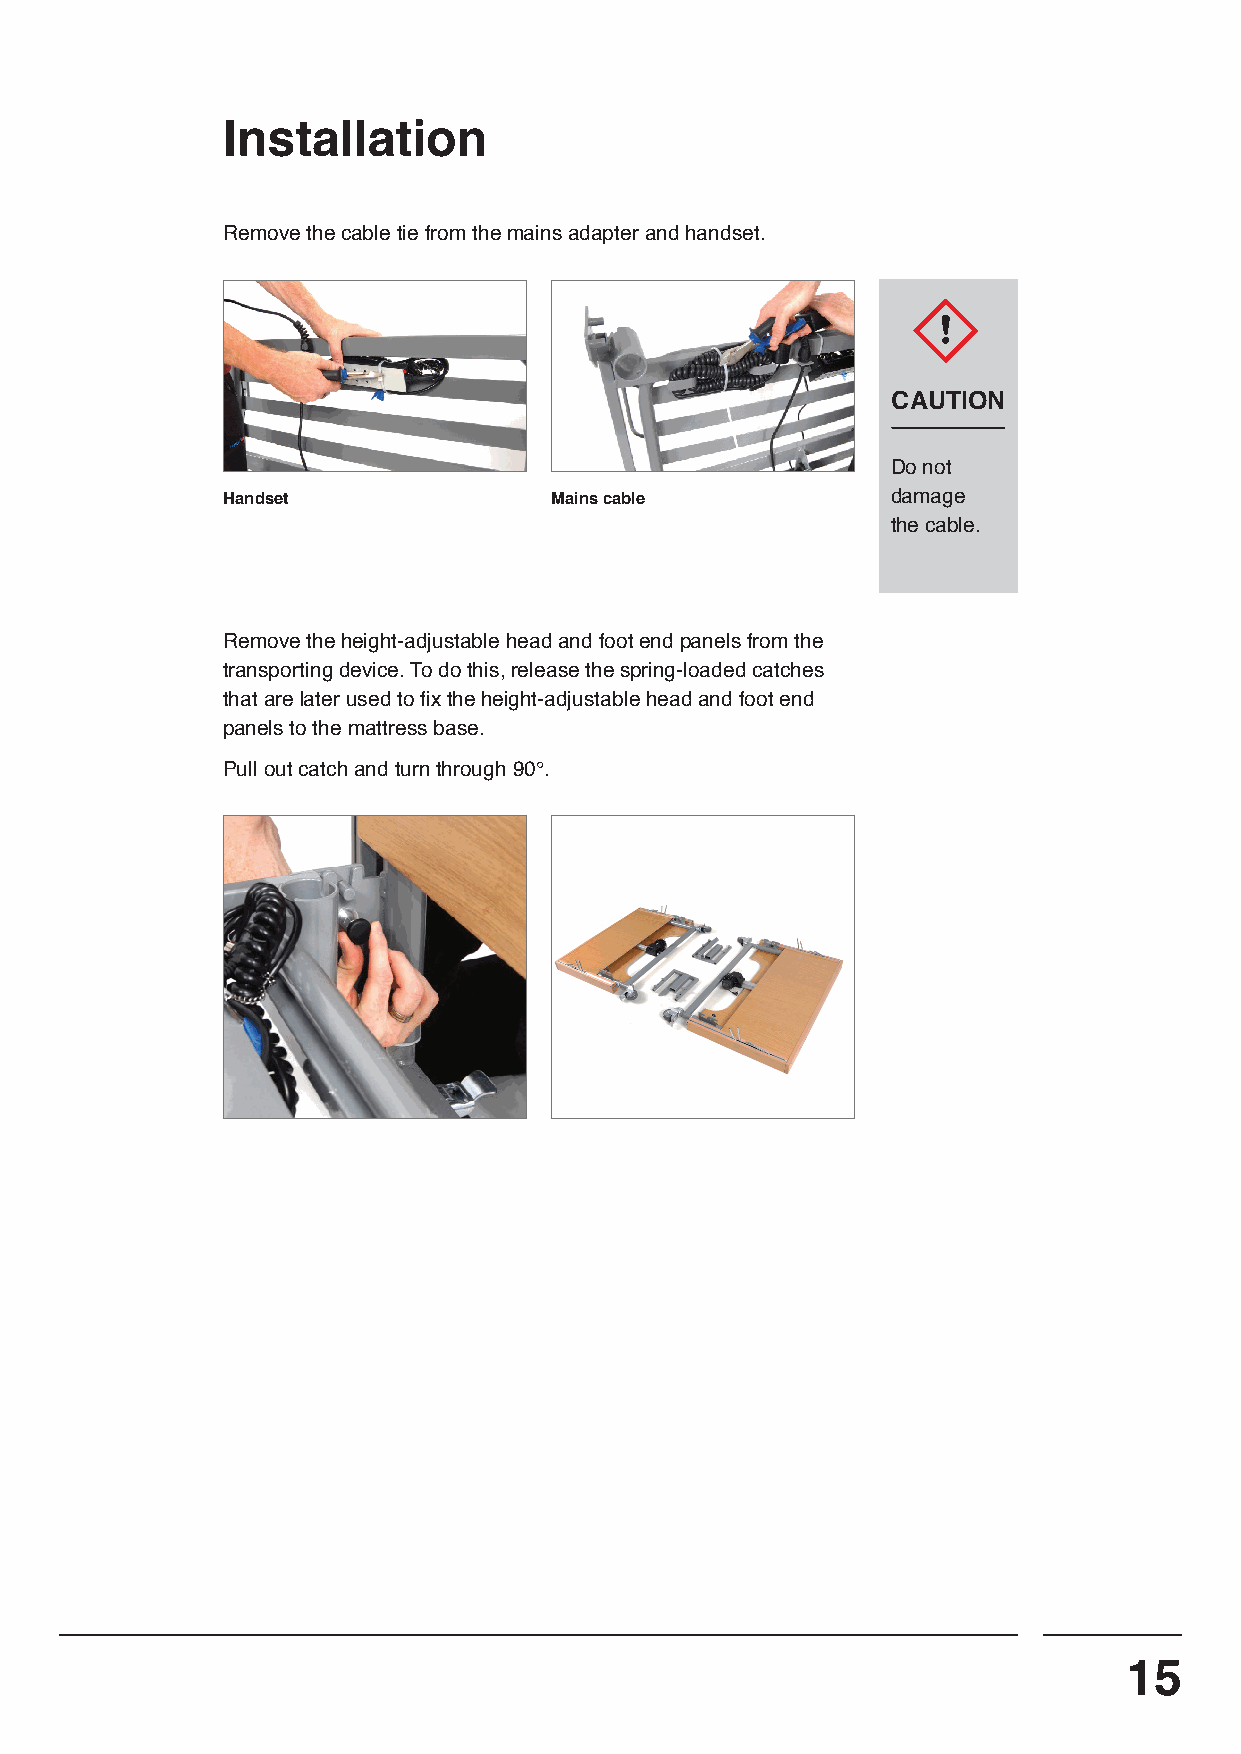
Installation
 Remove the cable tie from the mains adapter and handset.
 CAUTION
 Do not
 Handset              Mains cable            damage
 the cable.
 Remove the height-adjustable head and foot end panels from the
 transporting device. To do this, release the spring-loaded catches
 that are later used to fix the height-adjustable head and foot end
 panels to the mattress base.
 Pull out catch and turn through 90°.
 15